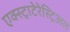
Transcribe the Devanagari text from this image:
एक्स्ट्राटेरेस्ट्रिअल